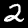
Label: 2